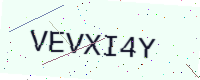
Text: VEVXI4Y